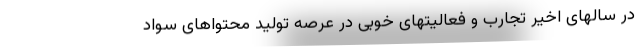
در سالهای اخیر تجارب و فعالیتهای خوبی در عرصه تولید محتواهای سواد